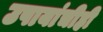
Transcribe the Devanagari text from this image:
उपायांचीही